NAE_kihelkonnakohtute_kirjad_ja_protokollid_1869-1889, lk 6
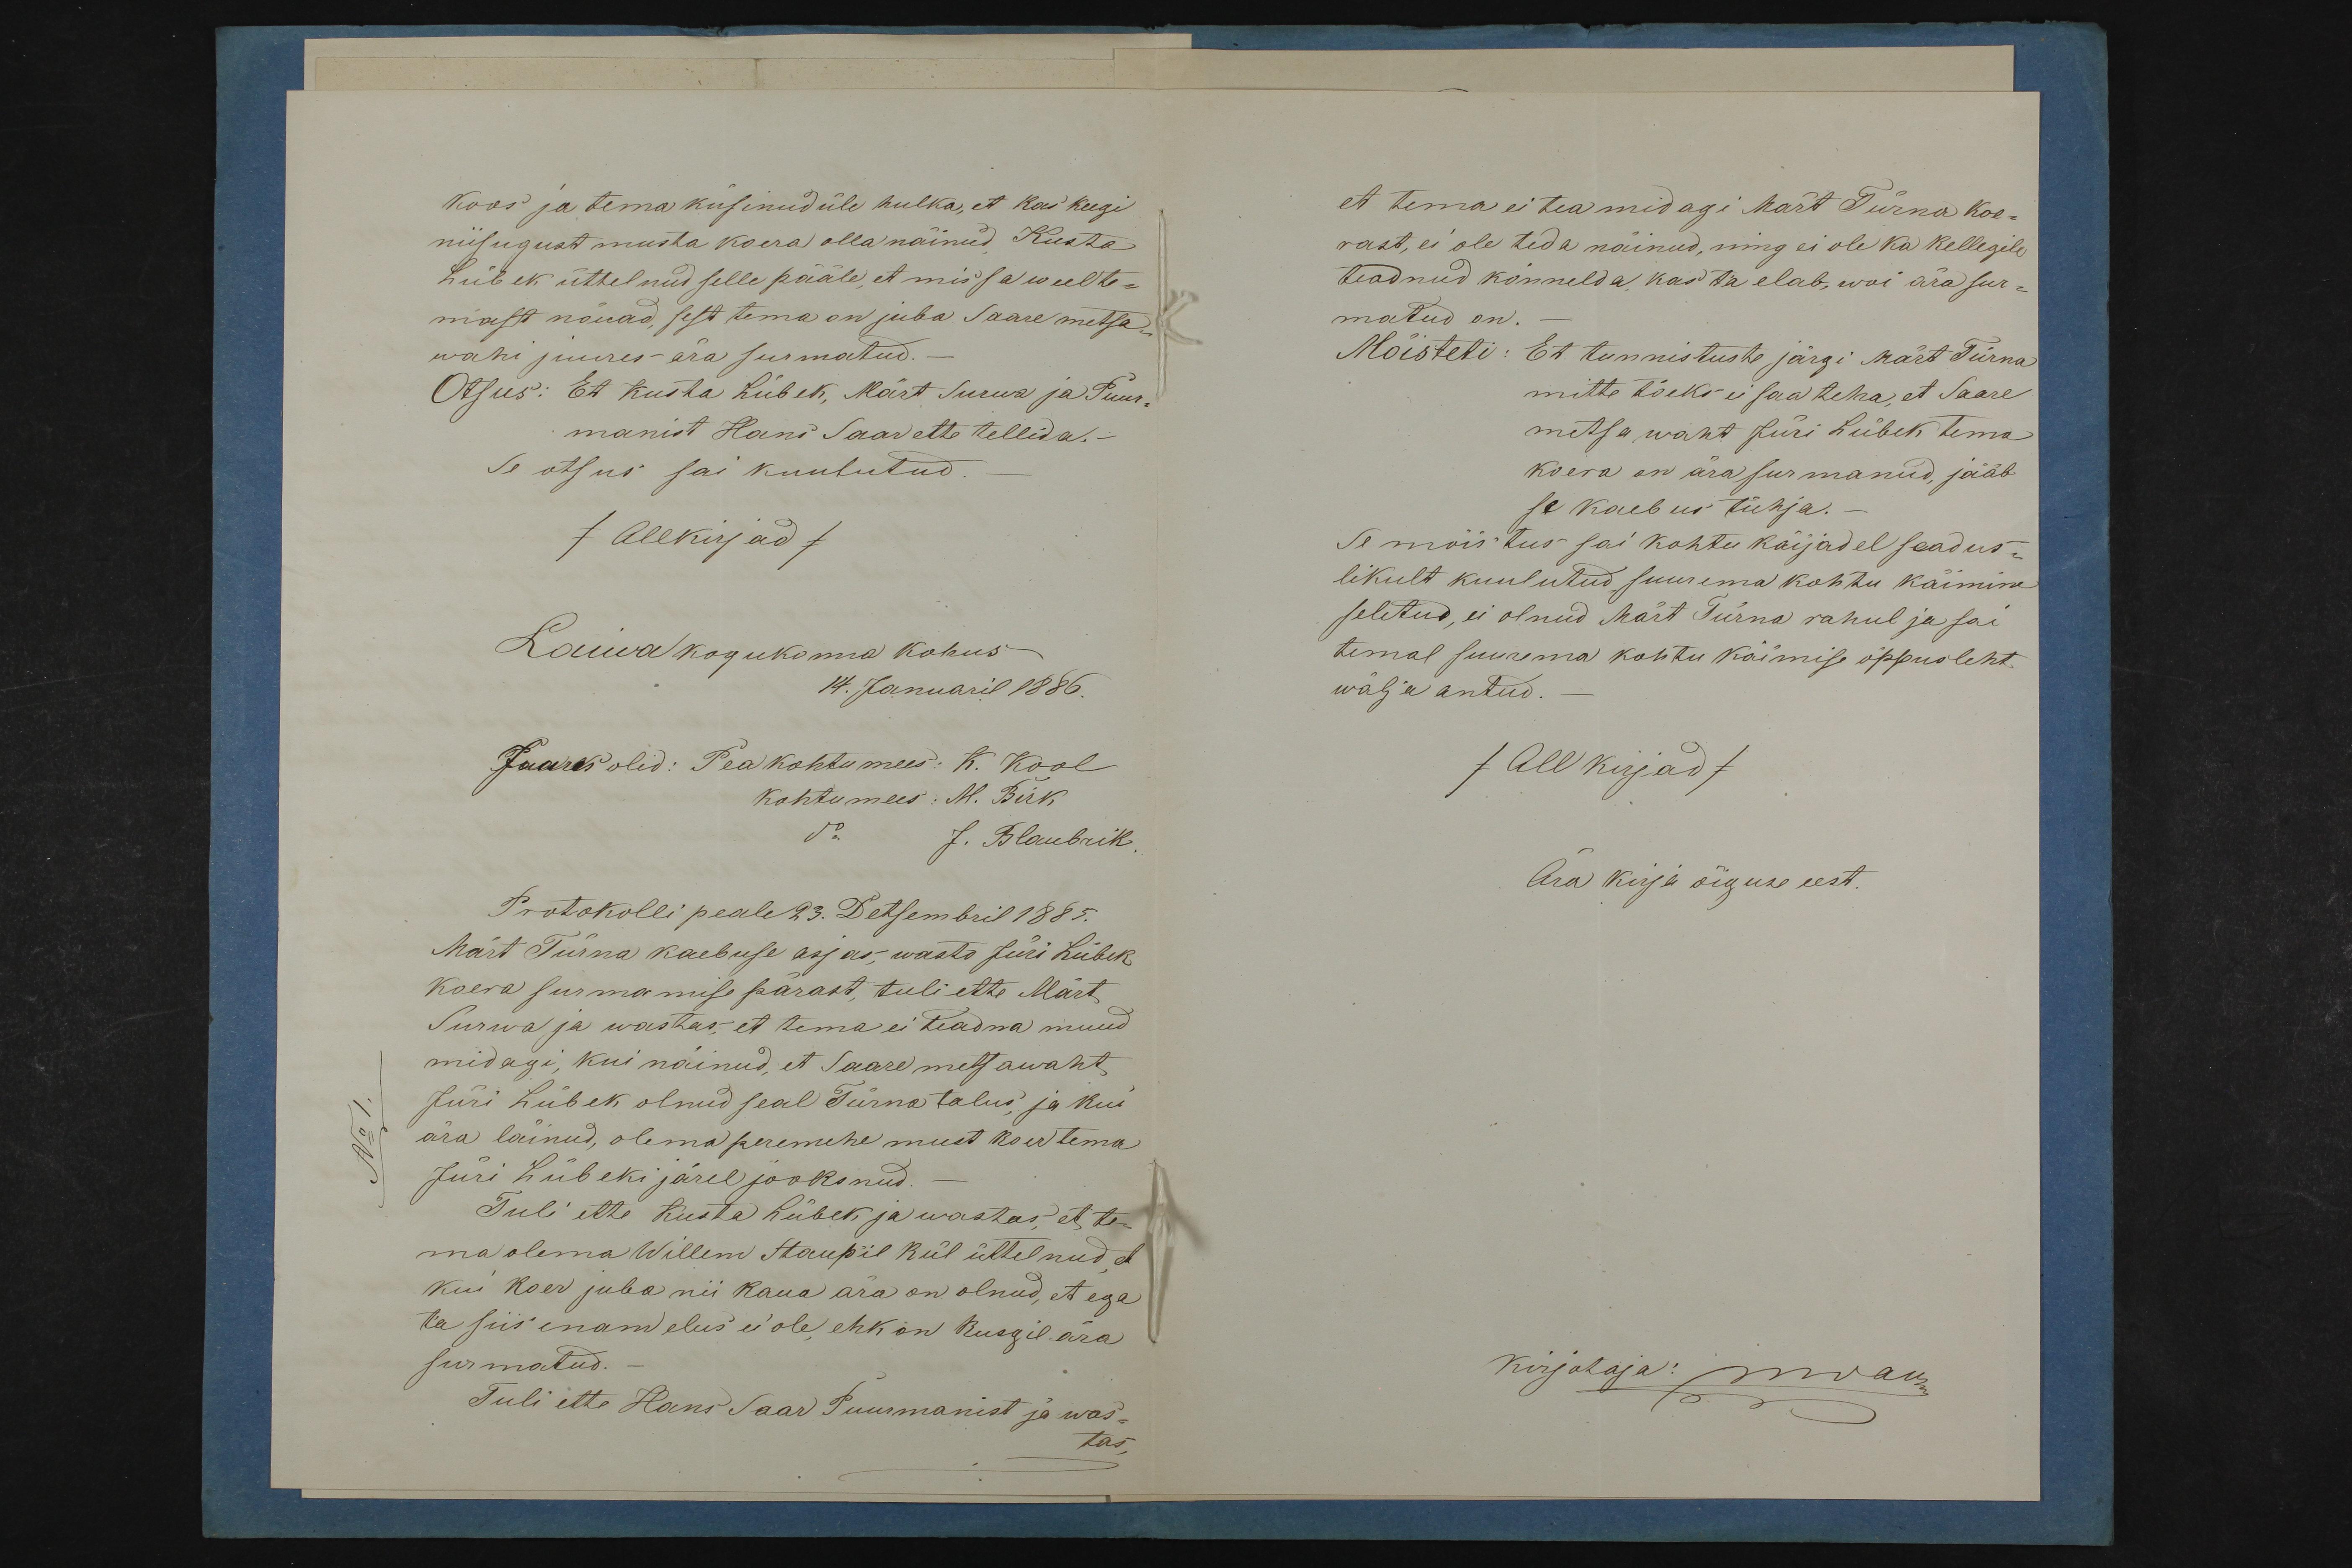
koos ja tema kusinud üle hulka, et kas keegi
niisugust musta koera olla näinud Kusta
Lübek üttelnud selle pääle, et mis sa weel te-
mast nõuad, sest tema on juba Saare metsa-
wahi juures ära surmatud.
Otsus: Et Kusta Lübek, Märt Surwa ja Puur-
manist Hans Saar ette tellida.-
Se otsus sai kuulutud.
/Allkirjad/
Laiwa kogukonna kohus
14. Januaril 1886.
Juures olid: Pea kohtumees: K. Kool
kohtumees: M. Birk
J. Blaubrik.
Protokolli peale 23. Detsembril 1885.
Mart Türna kaebuse asjas wasto Juri Lübek
koera surmamise pärast, tuli ette Märt
Surwa ja wastas et tema ei teadna muud
midagi, kui näinud, et Saare metsawaht
Jüri Lübek olnud seal Türna talus, ja kui
ära läinud, olema peremehe must koer tema
Jüri Lübeki järel jooksnud.
Tuli ette Kusta Lübek ja wastas, et te-
ma olema Willem Staupil kül üttelnud, et
kui koer juba nii kaua ära on olnud, et ega
ta siis enam elus ei ole ehk on kusgil ära
surmatud.
Tuli ette Hans Saar Puurmanist ja was-
tas,

et tema ei tea midagi Mart Türna koe-
rast, ei ole teda näinud, ning ei ole ka kellegile
teadnud kõnnelda kas ta elab, woi ära sur-
matud on.
Mõisteti: Et tunnistuste järgi Märt Türna
mitte tõeks ei saa teha, et Saare
metsa waht Jüri Lübek tema
koera on ära surmanud, jääb
se kaebus tühja.
Se mõistus sai kohtu käijadel seadus-
likult kuulutud suurema kohtu käimine
seletud, ei olnud Märt Türna rahul ja sai
temal suurema kohtu käimise õppusleht
wälja antud.
/Allkirjad/
Ära kirja õiguse eest.